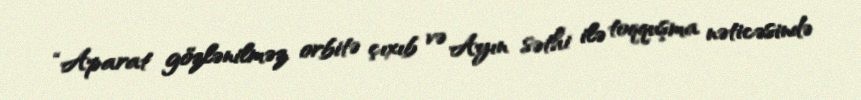
“Aparat gözlənilməz orbitə çıxıb və Ayın səthi ilə toqquşma nəticəsində